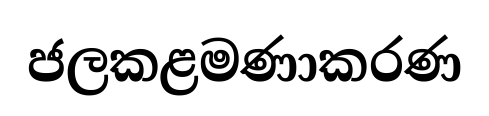
ජලකළමණාකරණ